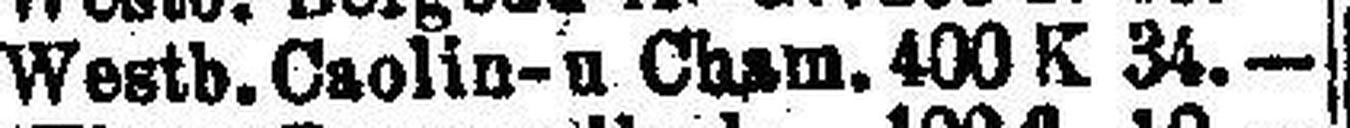
Westb. Caolin-u. Cham. 400 K 34.—